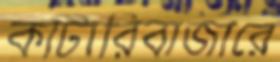
কাটারিবাজারে